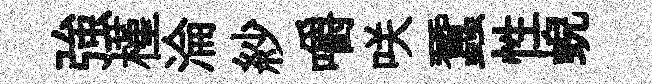
強槿淪紗嚼咲蠶性蜺